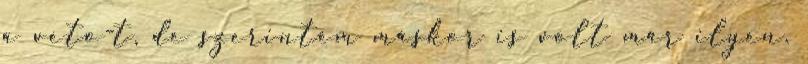
a veto-t, de szerintem máskor is volt már ilyen.